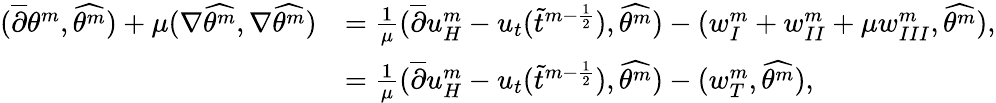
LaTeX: \begin{array}{rl}{(\overline{{\partial}}\theta^{m},\widehat{\theta^{m}})+\mu(\nabla\widehat{\theta^{m}},\nabla\widehat{\theta^{m}})}&{=\frac{1}{\mu}(\overline{{\partial}}u_{H}^{m}-u_{t}(\widetilde{t}^{m-\frac{1}{2}}),\widehat{\theta^{m}})-(w_{I}^{m}+w_{II}^{m}+\mu w_{III}^{m},\widehat{\theta^{m}}),}\\ &{=\frac{1}{\mu}(\overline{{\partial}}u_{H}^{m}-u_{t}(\widetilde{t}^{m-\frac{1}{2}}),\widehat{\theta^{m}})-(w_{T}^{m},\widehat{\theta^{m}}),}\end{array}